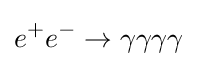
e^{+}e^{-}\to \gamma \gamma \gamma \gamma